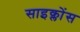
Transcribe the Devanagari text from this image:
साइक्लोंस